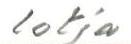
lotja